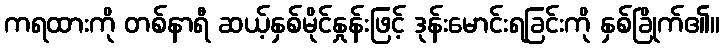
ကရထားကို တစ်နာရီ ဆယ့်နှစ်မိုင်နှုန်းဖြင့် ဒုန်းမောင်းရခြင်းကို နှစ်ခြိုက်၏။